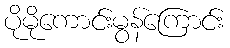
ပိုမိုကောင်းမွန်ကြောင်း